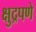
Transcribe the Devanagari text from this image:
क्षुद्रपणे